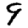
Digit: 9